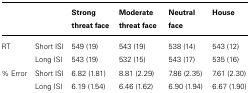
|  |  | Strong threat face | Moderate threat face | Neutral face | House |
 | --- | --- | --- | --- | --- | --- |
 | RT | Short ISI | 549 (19) | 543 (19) | 538 (14) | 543 (12) |
 |  | Long ISI | 543 (19) | 532 (15) | 543 (17) | 535 (16) |
 | % Error | Short ISI | 6.82 (1.81) | 8.81 (2.29) | 7.86 (2.35) | 7.61 (2.30) |
 |  | Long ISI | 6.19 (1.54) | 6.46 (1.62) | 6.90 (1.94) | 6.67 (1.90) |